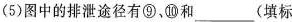
(5)图中的排泄途径有⑨、⑩和___(填标